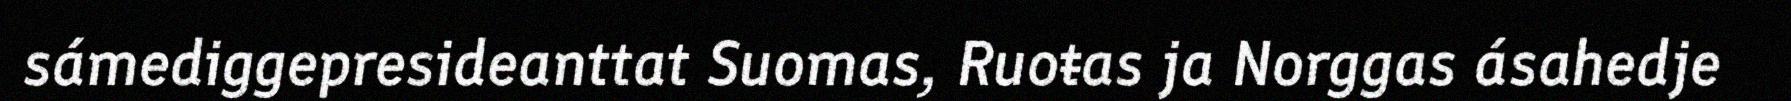
sámediggepresideanttat Suomas, Ruoŧas ja Norggas ásahedje